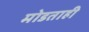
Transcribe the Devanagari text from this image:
मोडताही